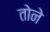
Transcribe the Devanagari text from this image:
तोने